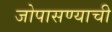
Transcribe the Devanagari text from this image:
जोपासण्याची